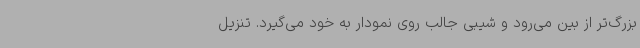
بزرگ‌تر از بین می‌رود و شیبی جالب روی نمودار به خود می‌گیرد. تنزیل